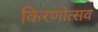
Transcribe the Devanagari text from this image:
किरणोत्सव